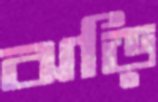
ঝড়ি